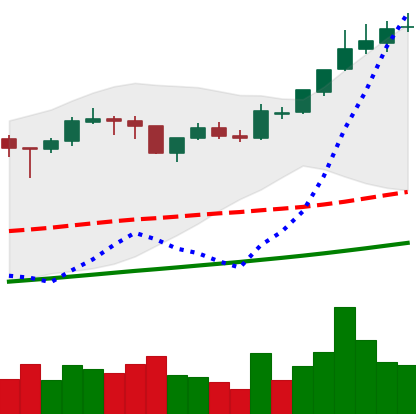
Ticker: BTC-USD
Chart end date: 2017-11-05
Forward return: -10.655%
Label: down_7plus